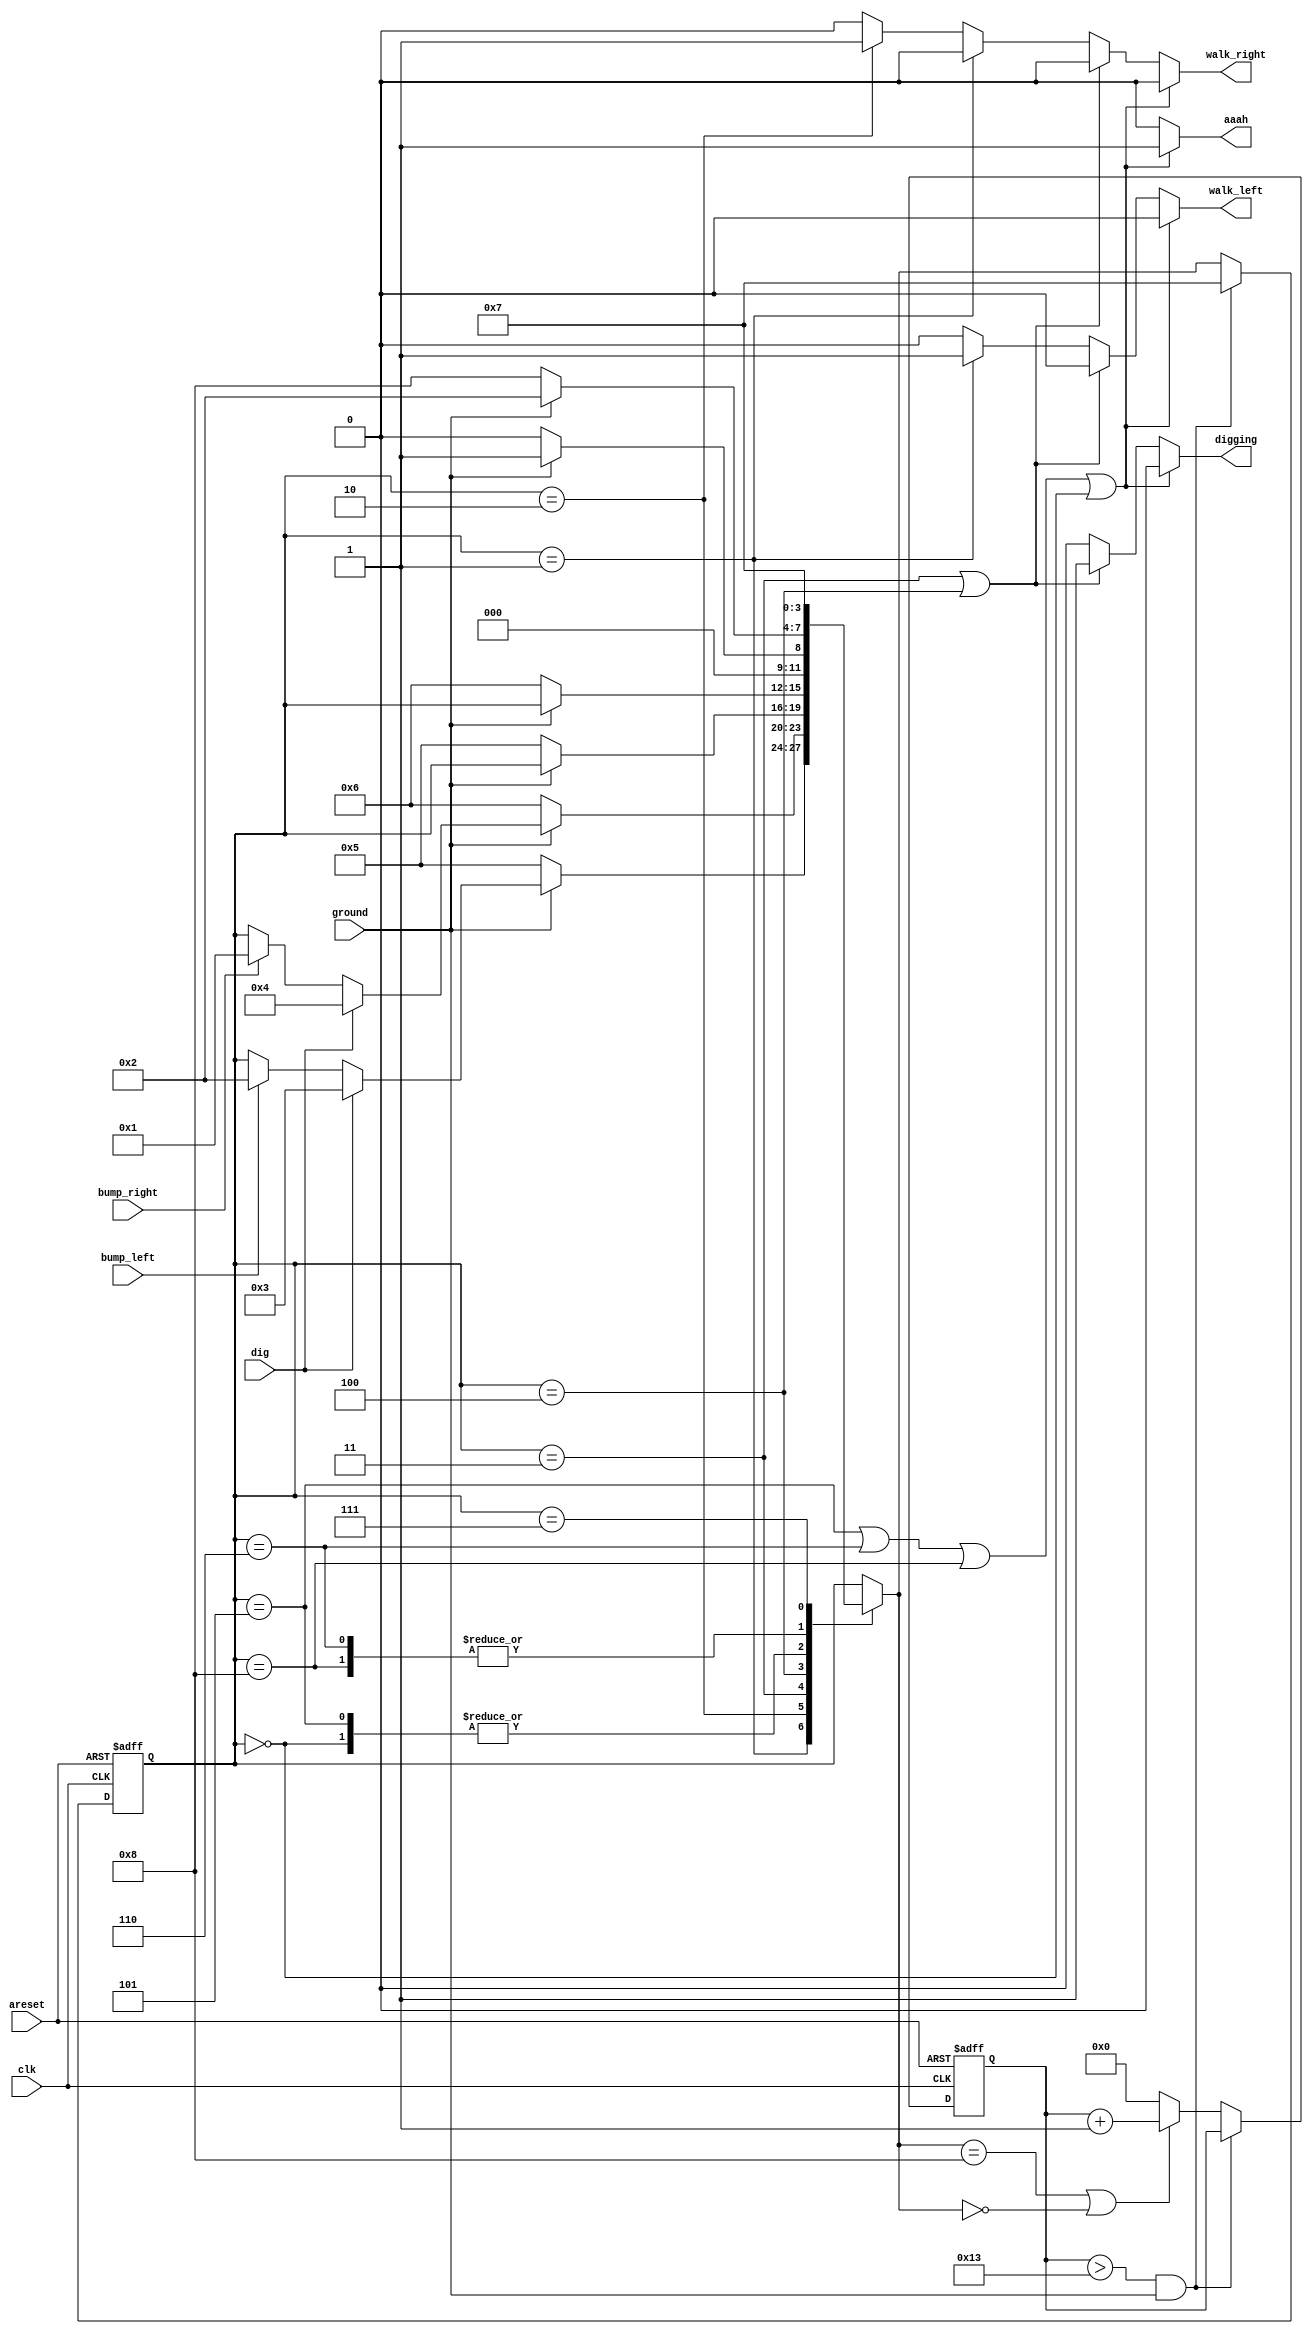
module top_module(
    input clk,
    input areset,    // Freshly brainwashed Lemmings walk left.
    input bump_left,
    input bump_right,
    input ground,
    input dig,
    output walk_left,
    output walk_right,
    output aaah,
    output digging ); 

    parameter w_left=4'b0001, w_right=4'b0010, dig_left=4'b0011, dig_right=4'b0100, fall_left=4'b0101, fall_right=4'b0110, splatter=4'b0111,keep_fall_left=4'b0000,keep_fall_right=4'b1000;
    reg [3:0] state, next_state;
    reg [7:0] count;
    always@(posedge clk or posedge areset)
        begin
            if (areset)
                begin
                state<=w_left;
                count<=0;  
                end
                
            else
                begin
                    state<=next_state;
                    if ((count>8'd19)&&(ground))
                        state<=splatter;
                    else if (next_state==keep_fall_right|next_state==keep_fall_left)
                        count<=count+1;
                    else begin
                        count<=0;  
                    end
                end
        end
    always@(*)
        begin
            case (state)
                w_left: begin
                    if(!ground)
                        next_state<=fall_left;
                    else if (dig)
                        next_state<=dig_left;
                    else if (bump_left)
                        next_state<=w_right;
                        else
                        next_state<=state;
                end
                w_right: begin
                    if(!ground)
                        next_state<=fall_right;
                    else if (dig)
                        next_state<=dig_right;
                    else if (bump_right)
                        next_state<=w_left;
                    else
                    next_state<=state;
                end
                dig_left: begin
                    if(!ground)
                        next_state<=fall_left;
                    else next_state<=state;
                end
                dig_right: begin 
                    if(!ground)
                        next_state<=fall_right;
                    else next_state<=state;
                end
                fall_left: begin
                    if(ground)
                        next_state<=w_left;
                    else 
                        begin 
                            next_state<=keep_fall_left;  
                        end
                end
                keep_fall_left:
                    if(ground)
                        next_state<=w_left;
                    else 
                        begin 
                            next_state<=keep_fall_left;  
                        end
                fall_right: begin
                    if(ground)
                        next_state<=w_right;
                    else begin
                        next_state<=keep_fall_right;
                        end
                end
                keep_fall_right:
                        if(ground)
                        next_state<=w_right;
                        else begin
                        next_state<=keep_fall_right;
                        end
                splatter: begin
                    next_state<=splatter; 
                end
                default: next_state<=state;
            endcase
        end
        
    
    always@(*)
        begin
            if(state==fall_left|state==fall_right|state==keep_fall_right|state==keep_fall_left) begin digging<=0; walk_left<=0; walk_right<=0; aaah<=1; end
            else if (state==dig_left|state==dig_right) begin digging<=1; walk_left<=0; walk_right<=0; aaah<=0; end
            else if (state==w_left) begin digging<=0; walk_left<=1; walk_right<=0; aaah<=0; end
            else if (state==w_right) begin digging<=0; walk_left<=0; walk_right<=1; aaah<=0; end
            else if (state==splatter) begin digging<=0; walk_left<=0; walk_right<=0; aaah<=0; end
            else begin digging<=0; walk_left<=0; walk_right<=0; aaah<=0; end
        end  

endmodule